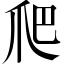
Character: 爬